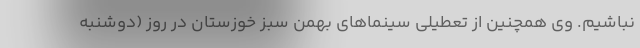
نباشیم. وی همچنین از تعطیلی سینماهای بهمن سبز خوزستان در روز (دوشنبه